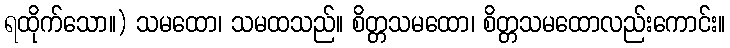
ရထိုက်သော။) သမထော၊ သမထသည်။ စိတ္တသမထော၊ စိတ္တသမထောလည်းကောင်း။